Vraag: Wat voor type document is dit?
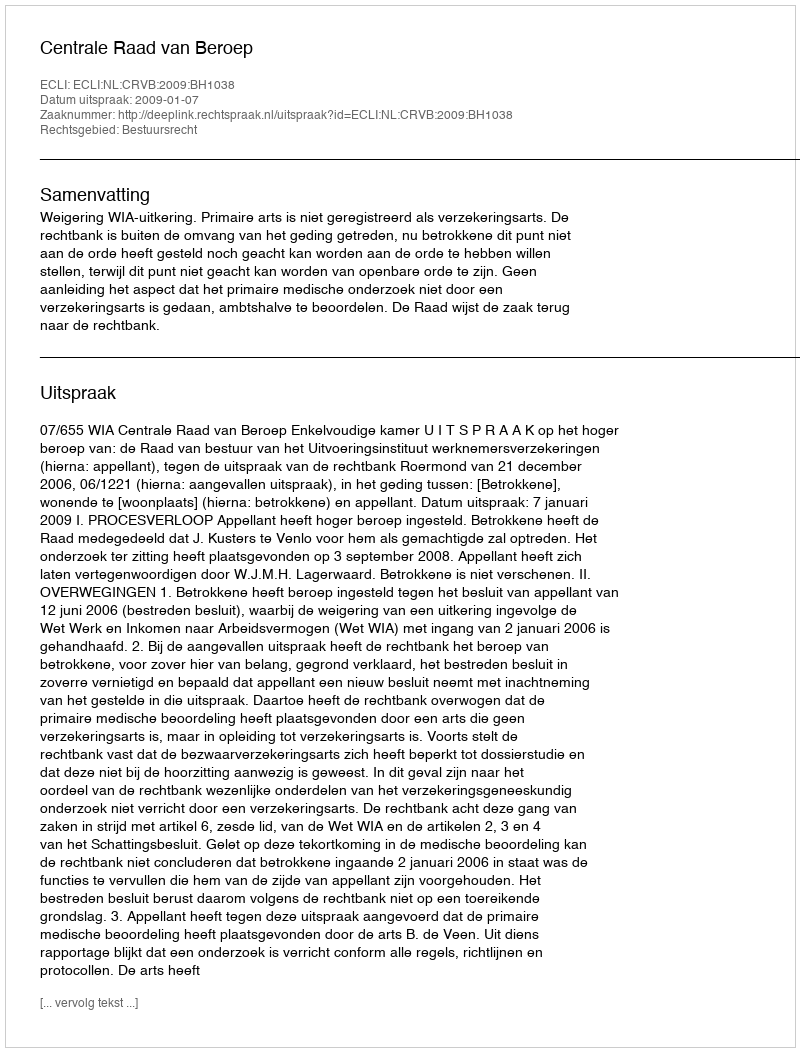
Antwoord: Uitspraak